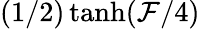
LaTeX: (1/2)\operatorname{tanh}(\mathcal{F}/4)